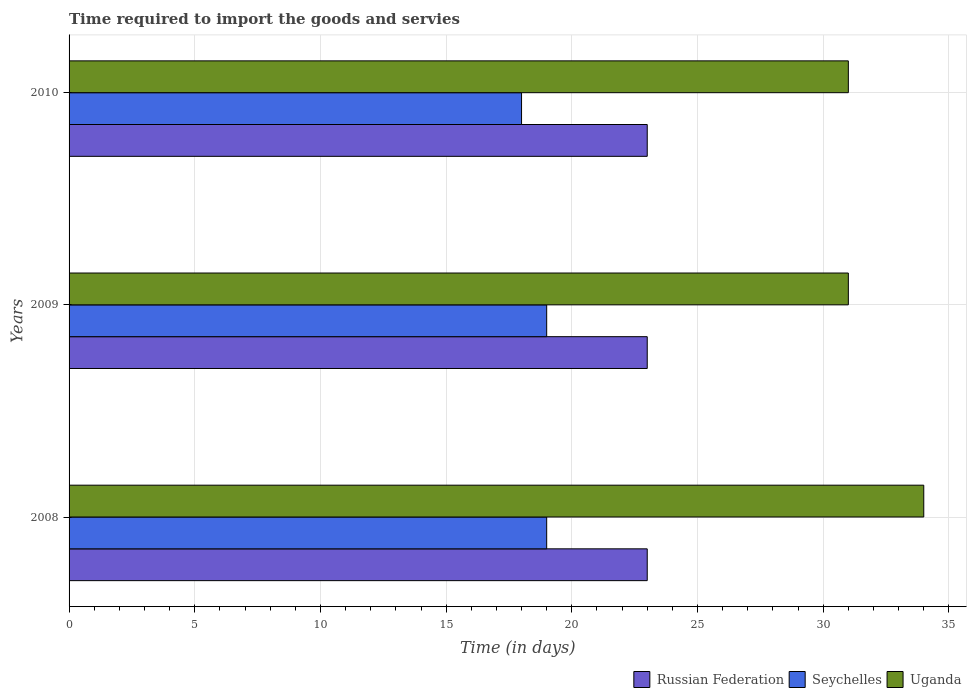
| Years | Russian Federation | Seychelles | Uganda |
 | --- | --- | --- | --- |
 | 2008 | 23 | 19 | 34 |
 | 2009 | 23 | 19 | 31 |
 | 2010 | 23 | 18 | 31 |